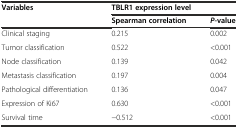
<table><thead><tr><td rowspan="2"><b>Variables</b></td><td colspan="2"><b>TBLR1 expression level</b></td></tr><tr><td><b>Spearman correlation</b></td><td><b><i>P</i>-value</b></td></tr></thead><tbody><tr><td>Clinical staging</td><td>0.215</td><td>0.002</td></tr><tr><td>Tumor classification</td><td>0.522</td><td>&lt;0.001</td></tr><tr><td>Node classification</td><td>0.139</td><td>0.042</td></tr><tr><td>Metastasis classification</td><td>0.197</td><td>0.004</td></tr><tr><td>Pathological differentiation</td><td>0.136</td><td>0.047</td></tr><tr><td>Expression of Ki67</td><td>0.630</td><td>&lt;0.001</td></tr><tr><td>Survival time</td><td>−0.512</td><td>&lt;0.001</td></tr></tbody></table>